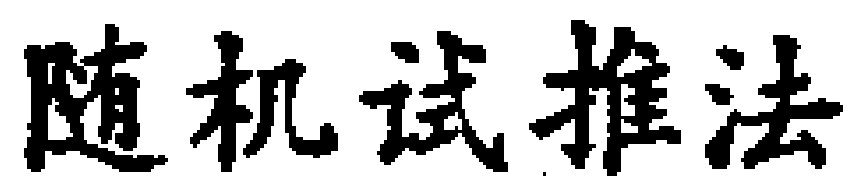
随机试推法